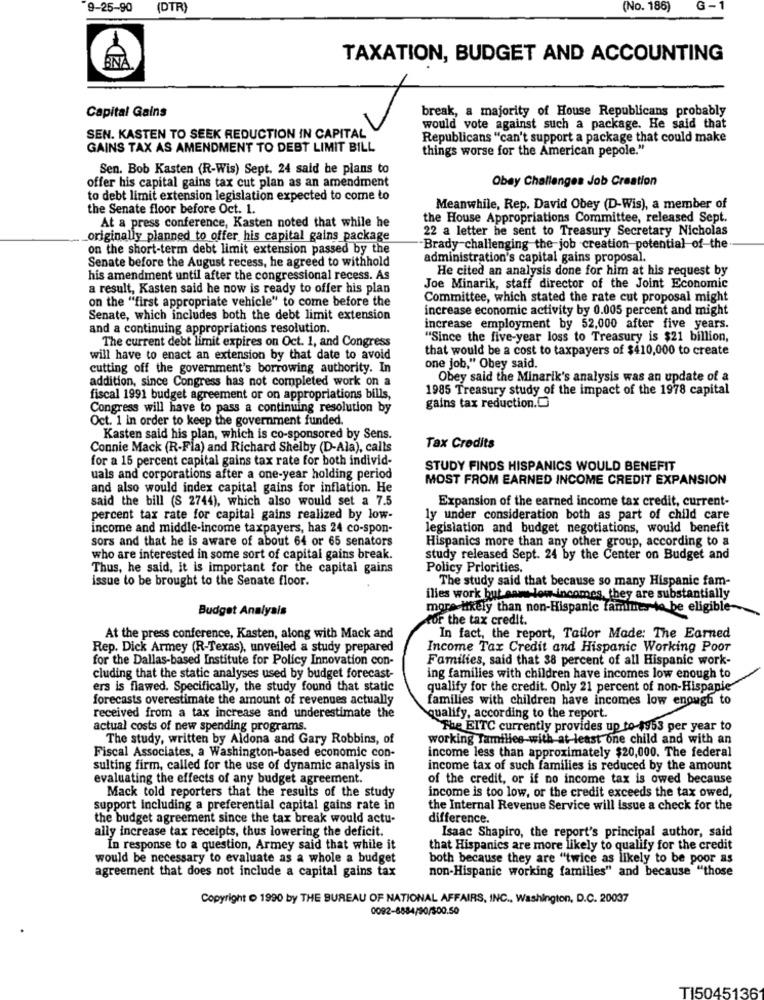
9-25-90
(DTR)
(No. 186)
G
TAXATION, BUDGET AND ACCOUNTING
ÉNÀ
break, a majority of House Republicans probably
Capital Gains
would vote against such a package. He said that
SEN. KASTEN TO SEEK REDUCTION IN CAPITAL
Republicans "can't support a package that could make
GAINS TAX AS AMENDMENT TO DEBT LIMIT BILL
things worse for the American pepole."
Sen. Bob Kasten (R-Wis) Sept. 24 said he plans to
offer his capital gains tax cut plan as an amendment
Obey Challenges Job Creation
to debt limit extension legislation expected to come to
the Senate floor before Oct. 1.
Meanwhile, Rep. David Obey (D-Wis), a member of
the House Appropriations Committee, released Sept.
At a press conference, Kasten noted that while he
22 a letter he sent to Treasury Secretary Nicholas
originally planned to offer his capital gains package
on the short-term debt limit extension passed by the
Brady challenging the job creation potential of the
Senate before the August recess, he agreed to withhold
administration's capital gains proposal.
He cited an analysis done for him at his request by
his amendment until after the congressional recess. As
a result, Kasten said he now is ready to offer his plan
Joe Minarik, staff director of the Joint Economic
on the "first appropriate vehicle" to come before the
Committee, which stated the rate cut proposal might
increase economic activity by 0.005 percent and might
Senate, which includes both the debt limit extension
and a continuing appropriations resolution.
increase employment by 52,000 after five years.
The current debt limit expires on Oct. 1, and Congress
"Since the five-year loss to Treasury is $21 billion,
that would be a cost to taxpayers of $410,000 to create
will have to enact an extension by that date to avoid
cutting off the government's borrowing authority. In
one job," Obey said.
addition, since Congress has not completed work on a
Obey said the Minarik's analysis was an update of a
1985 Treasury study of the impact of the 1978 capital
fiscal 1991 budget agreement or on appropriations bills,
Congress will have to pass a continuing resolution by
gains tax reduction.
Oct. 1 in order to keep the government funded.
Kasten said his plan, which is co-sponsored by Sens.
Connie Mack (R-Fla) and Richard Shelby (D-Ala), calls
Tax Credits
for a 15 percent capital gains tax rate for both individ-
STUDY FINDS HISPANICS WOULD BENEFIT
uals and corporations after a one-year holding period
MOST FROM EARNED INCOME CREDIT EXPANSION
and also would index capital gains for inflation. He
said the bill (S 2744), which also would set a 7.5
Expansion of the earned income tax credit, current-
percent tax rate for capital gains realized by low-
ly under consideration both as part of child care
income and middle-income taxpayers, has 24 co-spon-
legislation and budget negotiations, would benefit
sors and that he is aware of about 64 or 65 senators
Hispanics more than any other group, according to a
who are interested in some sort of capital gains break.
study released Sept. 24 by the Center on Budget and
Thus, he said, it is important for the capital gains
Policy Priorities.
issue to be brought to the Senate floor.
The study said that because so many Hispanic fam-
ilies work but sams low incomes, they are substantially
Budget Analysis
more likely than non-Hispanic famines to be eligible-
cor the tax credit.
At the press conference, Kasten, along with Mack and
In fact, the report, Tailor Made: The Earned
Rep. Dick Armey (R-Texas), unveiled a study prepared
Income Tax Credit and Hispanic Working Poor
for the Dallas-based Institute for Policy Innovation con-
Families, said that 38 percent of all Hispanic work-
cluding that the static analyses used by budget forecast-
ing families with children have incomes low enough to
ers is flawed. Specifically, the study found that static
qualify for the credit. Only 21 percent of non-Hispapie
forecasts overestimate the amount of revenues actually
families with children have incomes low enough to
received from a tax increase and underestimate the
qualify, according to the report.
actual costs of new spending programs.
The EITC currently provides up to 1953 per year to
The study, written by Aldona and Gary Robbins, of
working Families-with at least one child and with an
income less than approximately $20,000. The federal
Fiscal Associates, a Washington-based economic con-
sulting firm, called for the use of dynamic analysis in
income tax of such families is reduced by the amount
evaluating the effects of any budget agreement.
of the credit, or if no income tax is owed because
income is too low, or the credit exceeds the tax owed,
Mack told reporters that the results of the study
support including a preferential capital gains rate in
the Internal Revenue Service will Issue a check for the
the budget agreement since the tax break would actu-
difference.
ally increase tax receipts, thus lowering the deficit.
Isaac Shapiro, the report's principal author, said
In response to a question, Armey said that while it
that Hispanics are more likely to qualify for the credit
would be necessary to evaluate as a whole a budget
both because they are "twice as likely to be poor as
agreement that does not include a capital gains tax
non-Hispanic working families" and because "those
Copyright D 1990 by THE BUREAU OF NATIONAL AFFAIRS, INC ., Washington, D.C. 20037
0092-8884/90/500.50
TI5045136